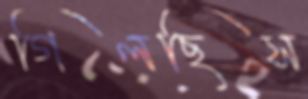
গিলছিস